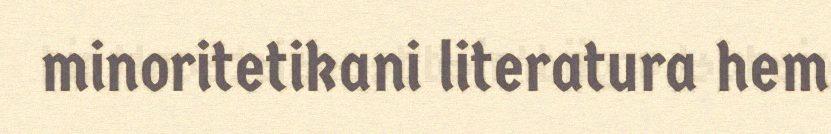
minoritetikani literatura hem